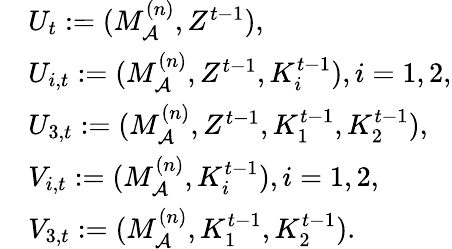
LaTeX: \begin{array}{rl}&{U_{t}:=(M_{\cal A}^{(n)},Z^{t-1}),}\\ &{U_{i,t}:=(M_{\cal A}^{(n)},Z^{t-1},K_{i}^{t-1}),i=1,2,}\\ &{U_{3,t}:=(M_{\cal A}^{(n)},Z^{t-1},K_{1}^{t-1},K_{2}^{t-1}),}\\ &{V_{i,t}:=(M_{\cal A}^{(n)},K_{i}^{t-1}),i=1,2,}\\ &{V_{3,t}:=(M_{\cal A}^{(n)},K_{1}^{t-1},K_{2}^{t-1}).}\end{array}